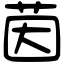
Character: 茵